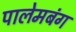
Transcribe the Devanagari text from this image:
पालेमबंग